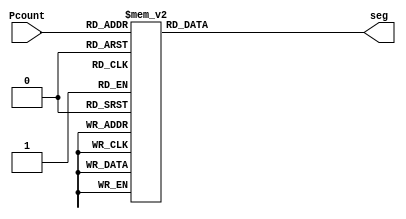
`timescale 1ns / 1ps
//Seven Segment Display For Pcount bec it needs 1 sevseg
module SevSeg(Pcount,seg);
     
     //Declare inputs,outputs and internal variables.
     input [3:0] Pcount;
     output [6:0] seg;
     reg [6:0] seg;

//always block for converting bcd digit into 7 segment format
    always @(Pcount)
    begin
        case (Pcount) //case statement
            0 : seg = 7'b0000001;
            1 : seg = 7'b1001111;
            2 : seg = 7'b0010010;
            3 : seg = 7'b0000110;
            4 : seg = 7'b1001100;
            5 : seg = 7'b0100100;
            6 : seg = 7'b0100000;
            7 : seg = 7'b0001111;
            8 : seg = 7'b0000000;
            9 : seg = 7'b0000100;
            //switch off 7 segment character when the bcd digit is not a decimal number.
            default : seg = 7'b1111111; 
        endcase
    end
endmodule